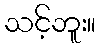
သင့်ဘူး။